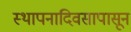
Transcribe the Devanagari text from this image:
स्थापनादिवसापासून